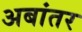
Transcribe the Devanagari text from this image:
अबांतर